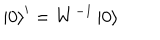
\left| 0 \right> ^ { \prime } = W ^ { - 1 } \left| 0 \right>